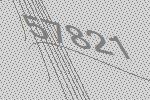
57821